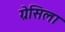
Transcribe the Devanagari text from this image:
ग्रेसिला